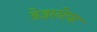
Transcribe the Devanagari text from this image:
डेझनेव्ह